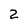
Character: 2